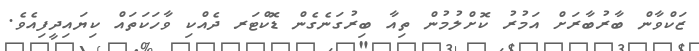
ޒަކްވާން ބާރުބާރަށް އަމުރު ކޮށްލުމުން ތިއާ ބިރުގަނެގެން ޑޮކްޓަރ ދެއްކި ވާހަކަތައް ކިޔައިދީފިއެވެ.